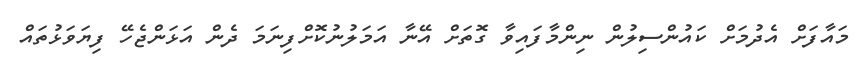
މައާފަށް އެދުމަށް ކައުންސިލުން ނިންމާފައިވާ ގޮތަށް އޭނާ އަމަލުނުކޮށްފިނަމަ ދެން އަޅަންޖެހޭ ފިޔަވަޅުތައް